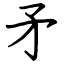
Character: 矛